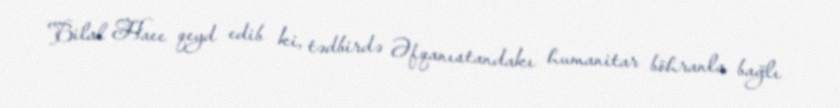
Bilal Haee qeyd edib ki, tədbirdə Əfqanıstandakı humanitar böhranla bağlı